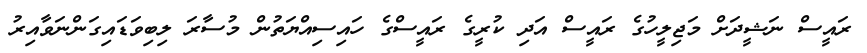
ރައީސް ނަޝީދަށް މަޖިލީހުގެ ރައީސް އަދި ކުރީގެ ރައީސްގެ ހައިސިއްޔަތުން މުސާރަ ލިބިވަޑައިގަންނަވާއިރު